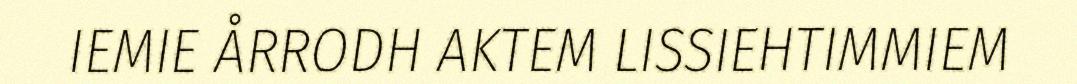
IEMIE ÅRRODH AKTEM LISSIEHTIMMIEM